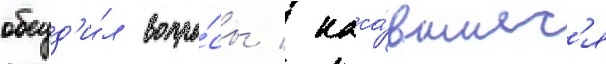
обсуд'и́л вопро́сы / каса́вшиес'я